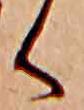
く